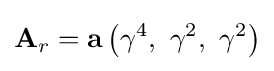
\mathbf {A} _{r}=\mathbf {a} \left(\gamma ^{4},\ \gamma ^{2},\ \gamma ^{2}\right)